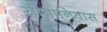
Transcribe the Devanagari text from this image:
सीतानिवास